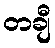
တချီ